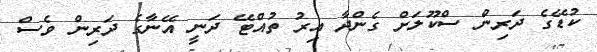
ކުޑޭގެ ދަރިން ސްކޫލަށް ގެންދާ އިރު ތުއްޓޭ ދަނީ އޭނާގެ ދަރިން ވެސް